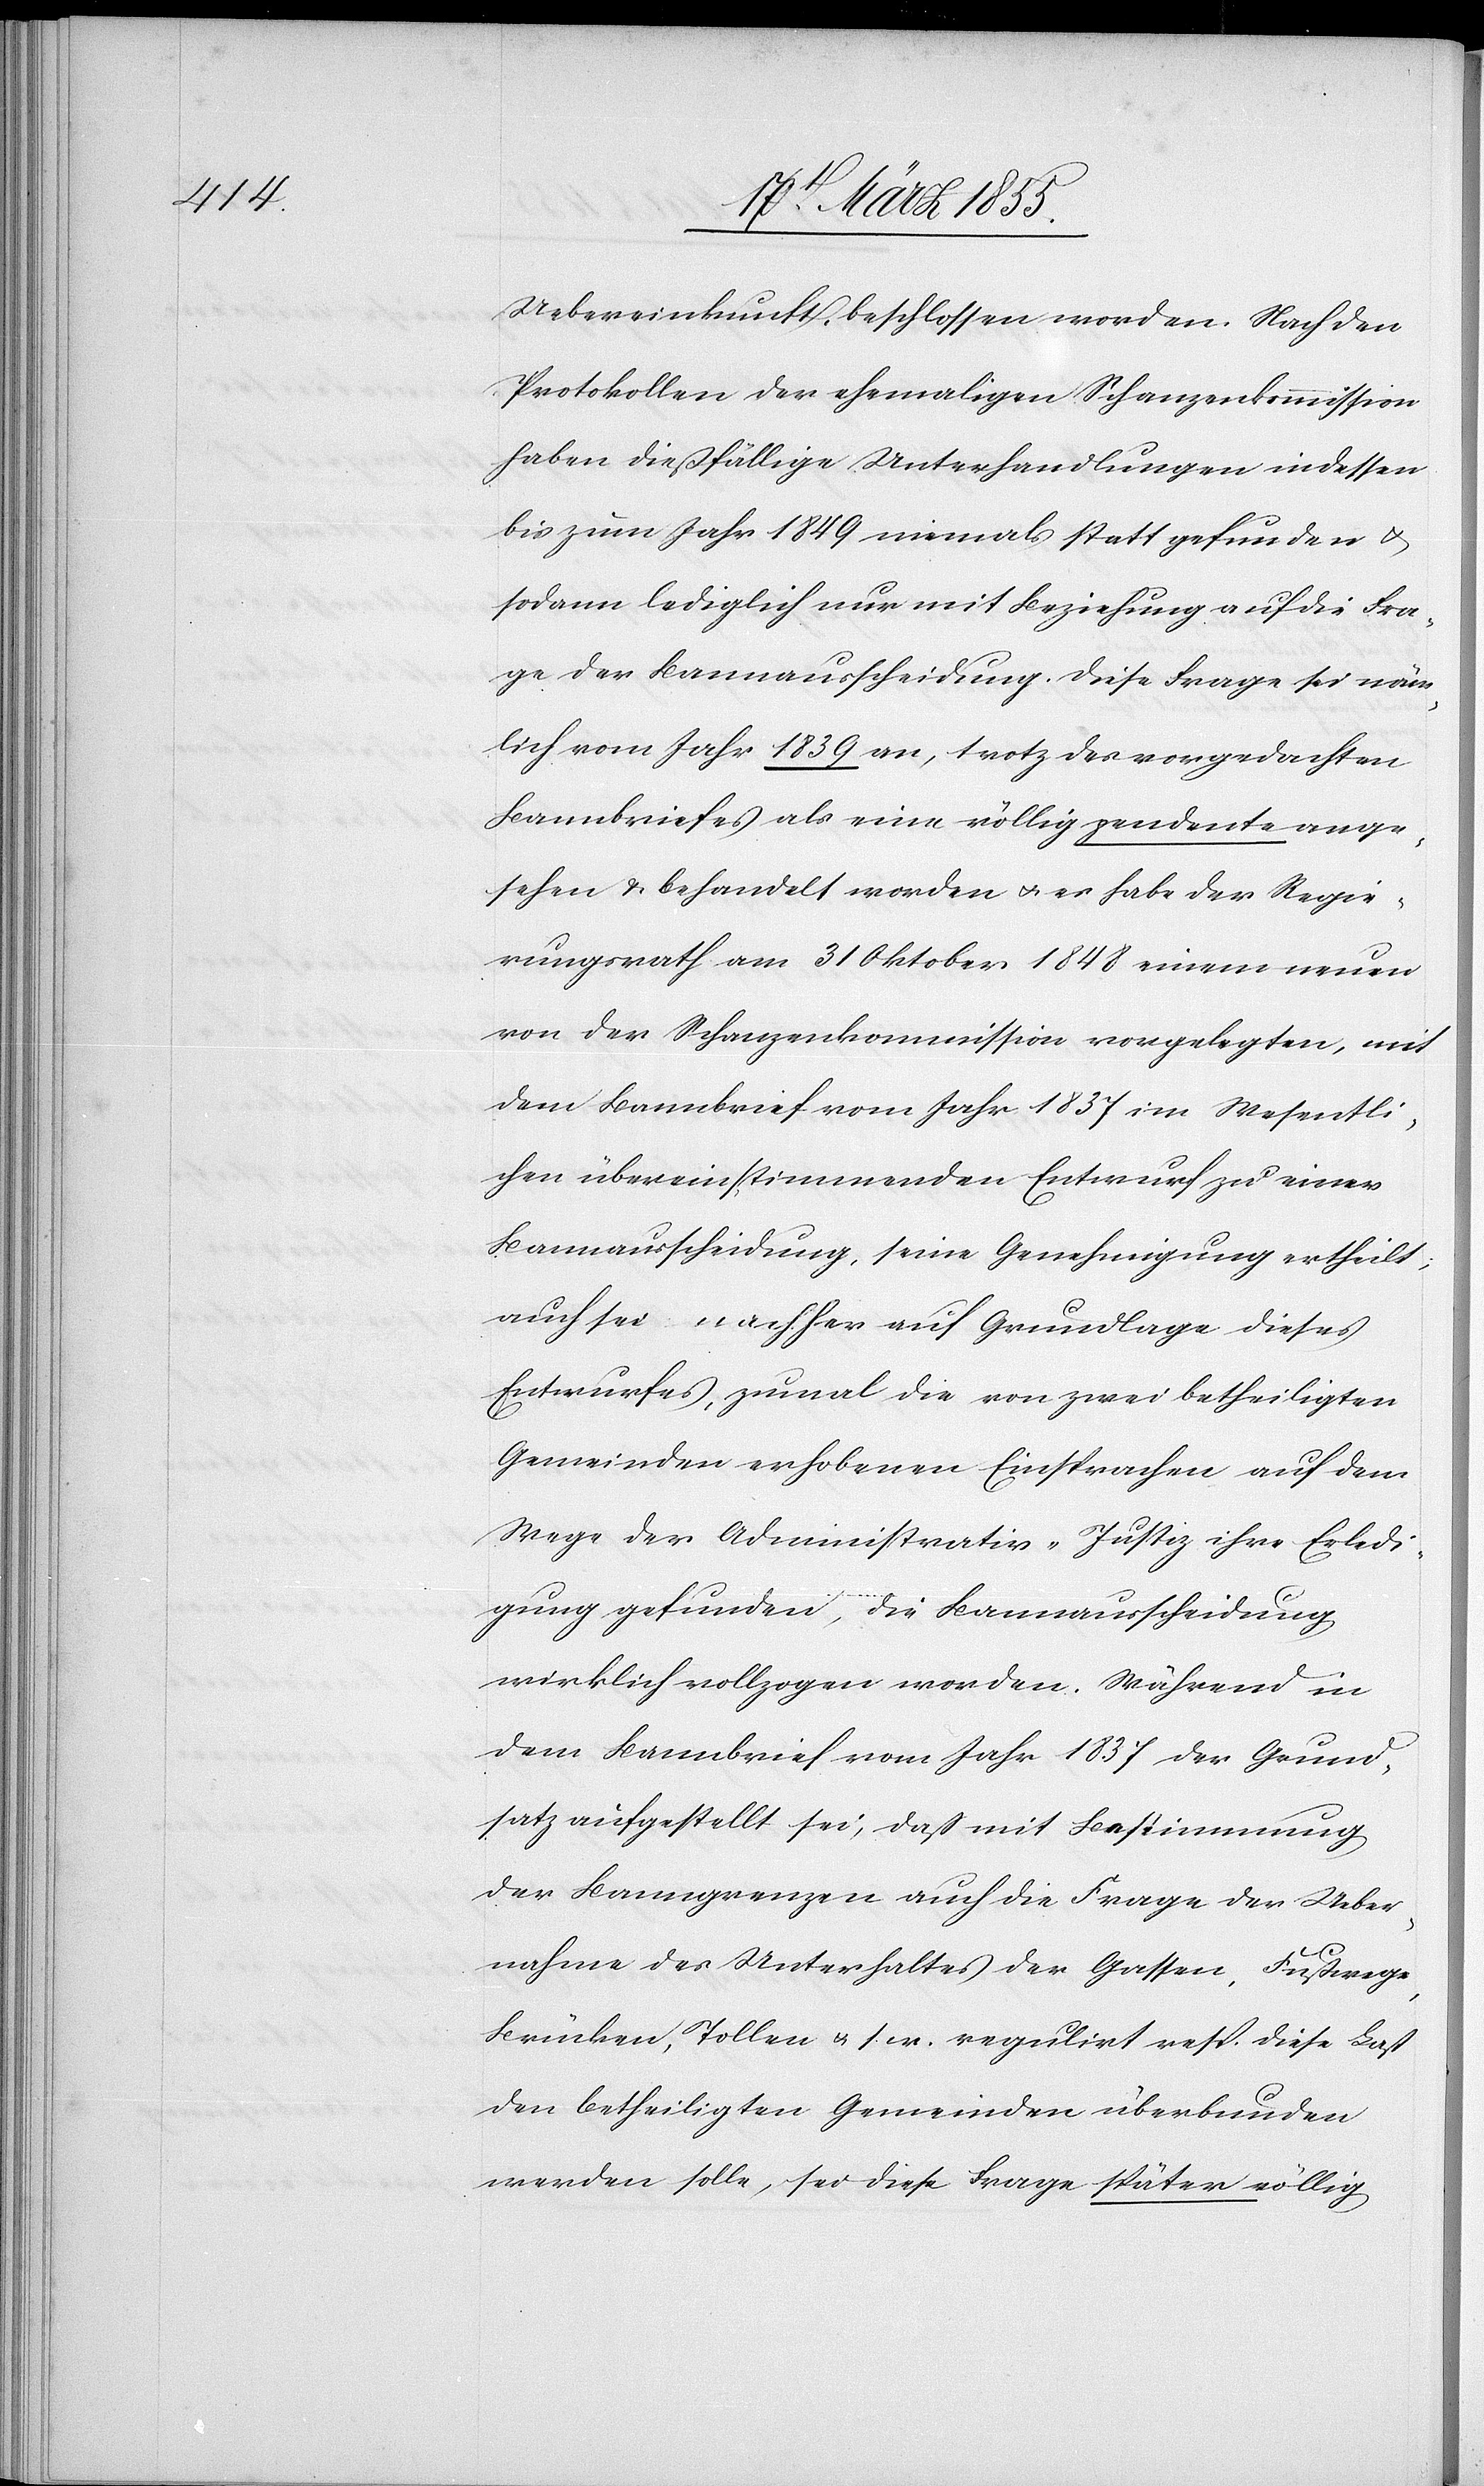
Uebereinkunft, beschlossen worden. Nach den
Protokollen der ehemaligen Schanzenkommission
haben dießfällige Unterhandlungen indessen
bis zum Jahr 1849 niemals statt gefunden &
sodann lediglich nur mit Beziehung auf die Fra¬
ge der Bannausscheidung. Diese Frage sei näm¬
lich vom Jahr 1839 an, trotz des vorgedachten
Bannbriefes als eine völlig pendente ange¬
sehen & behandelt worden & es habe der Regie¬
rungsrath am 31 Oktober 1848 einem neuen
von der Schanzenkommission vorgelegten, mit
dem Bannbrief vom Jahr 1837 im Wesentli¬
chen übereinstimmenden Entwurf zu einer
Bannausscheidung, seine Genehmigung ertheilt;
auch sei nachher auf Grundlage dieses
Entwurfes, zumal die von zwei betheiligten
Gemeinden erhobenen Einsprachen auf dem
Wege der Administrativ-Justiz ihre Erledi¬
gung gefunden, die Bannausscheidung
wirklich vollzogen worden. Während in
dem Bannbrief vom Jahr 1837 der Grund¬
satz aufgestellt sei, daß mit Bestimmung
der Banngrenzen auch die Frage der Ueber¬
nahme des Unterhaltes der Gassen, Fußwege,
Brücken, Tollen & s. w. regulirt resp. diese Last
den betheiligten Gemeinden überbunden
werden solle, sei diese Frage später völlig